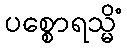
ပစ္စောရသ္မိံ